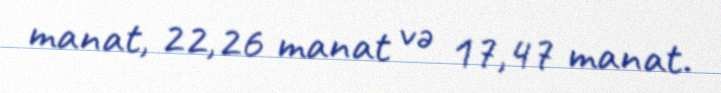
manat, 22,26 manat və 17,47 manat.